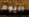
اليوم